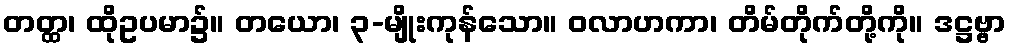
တတ္ထ၊ ထိုဥပမာ၌။ တယော၊ ၃-မျိုးကုန်သော။ ဝလာဟကာ၊ တိမ်တိုက်တို့ကို။ ဒဋ္ဌဗ္ဗာ